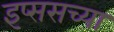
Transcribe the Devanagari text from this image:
इप्ससच्या